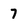
Character: 7